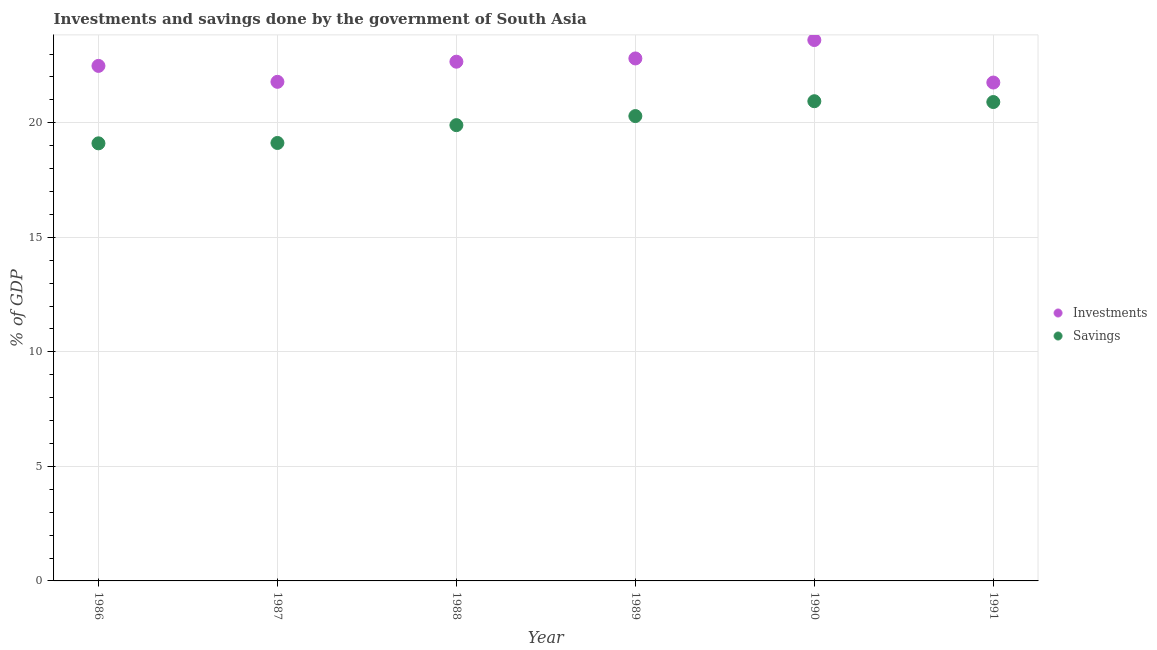
| Year | Investments | Savings |
 | --- | --- | --- |
 | 1986 | 22.5 | 19.1 |
 | 1987 | 21.8 | 19.1 |
 | 1988 | 22.7 | 19.9 |
 | 1989 | 22.8 | 20.3 |
 | 1990 | 23.6 | 20.9 |
 | 1991 | 21.8 | 20.9 |